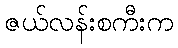
ဇယ်လန်းစကီးက